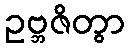
ဥဗ္ဘဇိတွာ